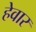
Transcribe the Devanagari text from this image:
हेवार